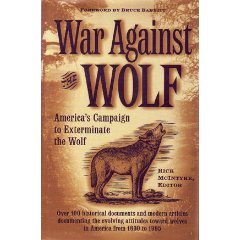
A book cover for War Against the Wolf: America's Campaign to Exterminate the Wolf; Sports & Outdoors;